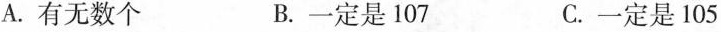
A.有无数个 B.一定是107 C.一定是105